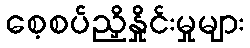
စေ့စပ်ညှိနှိုင်းမှုများ